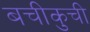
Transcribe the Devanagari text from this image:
बचीकुची